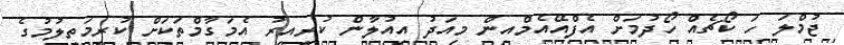
ޖުމްލަ ހަ ކޯޗެއް ހޯދުމަށް އެފްއޭއެމްއިން މިއަދު އިއުލާން ކުރިއިރު އެމަގާމްތަކަށް ކުރިމަތިލުމުގެ